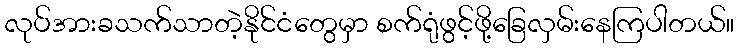
လုပ်အားခသက်သာတဲ့နိုင်ငံတွေမှာ စက်ရုံဖွင့်ဖို့ခြေလှမ်းနေကြပါတယ်။